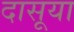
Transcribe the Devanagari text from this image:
दासूया